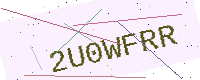
Text: 2U0WFRR